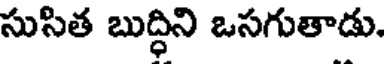
సుసిత బుద్ధిని ఒసగుతాడు.